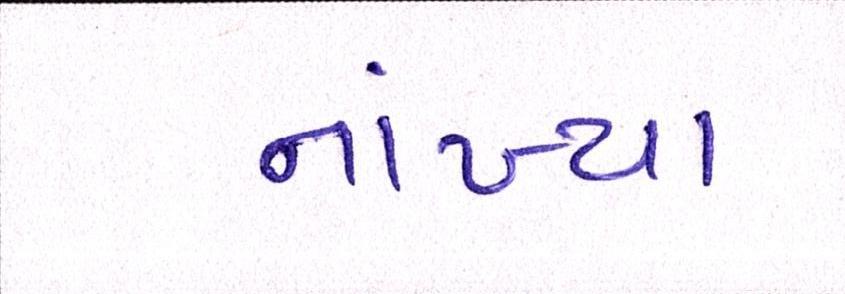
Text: નાંખ્યા